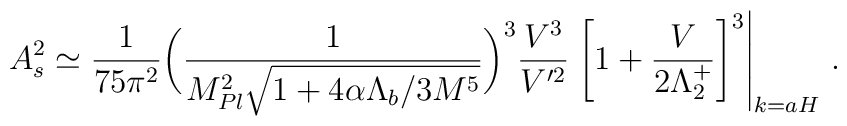
A_{\sc s}^2\simeq \frac{1}{75\pi^2}\bigg(\frac{1}{M_{Pl}^2\sqrt{1+4\alpha\Lambda_b/3M^5}}\bigg)^3{V^3\over V^{\prime2}}\left.\left[1+\frac{V}{2\Lambda_2^+}\right]^3 \right|_{k=aH}\,.